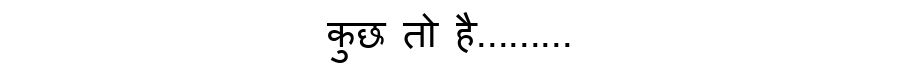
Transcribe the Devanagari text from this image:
कुछ तो है.........